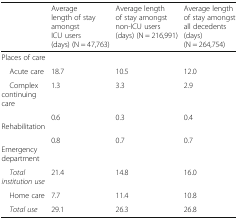
<table><thead><tr><td></td><td><b>Average length of stay amongst ICU users (days) (N = 47,763)</b></td><td><b>Average length of stay amongst non-ICU users (days) (N = 216,991)</b></td><td><b>Average length of stay amongst all decedents (days) (N = 264,754)</b></td></tr></thead><tbody><tr><td colspan="4">Places of care</td></tr><tr><td> Acute care</td><td>18.7</td><td>10.5</td><td>12.0</td></tr><tr><td> Complex continuing care</td><td>1.3</td><td>3.3</td><td>2.9</td></tr><tr><td> Rehabilitation</td><td>0.6</td><td>0.3</td><td>0.4</td></tr><tr><td> Emergency department</td><td>0.8</td><td>0.7</td><td>0.7</td></tr><tr><td> <i>Total institution use</i></td><td>21.4</td><td>14.8</td><td>16.0</td></tr><tr><td> Home care</td><td>7.7</td><td>11.4</td><td>10.8</td></tr><tr><td> <i>Total use</i></td><td>29.1</td><td>26.3</td><td>26.8</td></tr></tbody></table>